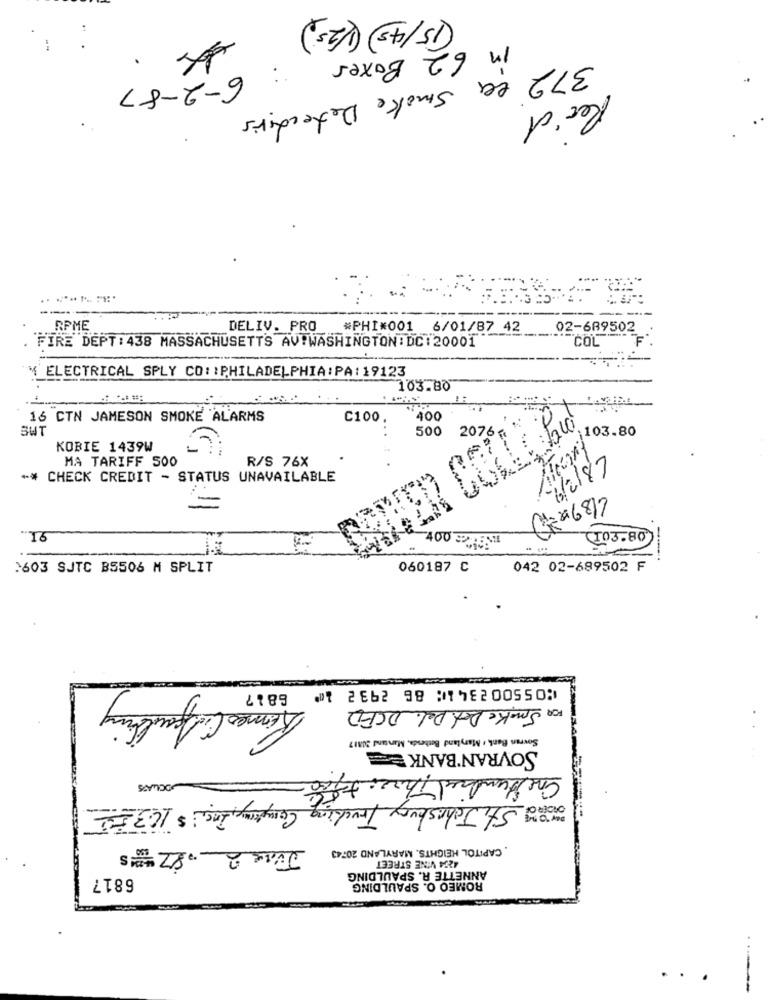
15/45) (25)
62 Boxes
3
6-2-87
372 ee smoke Detectors
Rec'd
---
RPME
DELIV. PRO
..._ #PHI*001 6/01/87 42
02-689502
COL
FIRE DEPT : 438 MASSACHUSETTS AV!WASHINGTON : DC:20001
M ELECTRICAL SPLY CO: : PHILADELPHIA:PA: 19123
103.80
16 CTN JAMESON SMOKE ALARMS
C100
..
400
SWT
500
103.80
KOBIE 1439W
MA TARIFF 500
R/S 76X
41.187
** CHECK CREDIT - STATUS UNAVAILABLE
4890-10
"16
400 MEME
103.80
2603 SJTC B5506 M SPLIT
060187 C
042 02-689502 F
⑆055002341⑆ 86 2932 1⑈
6817
Rima Co faulting
FOR Smoke Det. Del. DCFD
Sovran Bank , Maryland Bethesda, Manland 20817
SOVRAN BANK
One Hundred Three the
JOCLASS
and St. Johnskury Trucking Compray, Inci $10.3 75
June 2.87 ans
CAPITOL HEIGHTS. MARYLAND 20743
4254 VINE STREET
6817
ANNETTE R. SPAULDING
ROMEO O. SPAULDING
. .